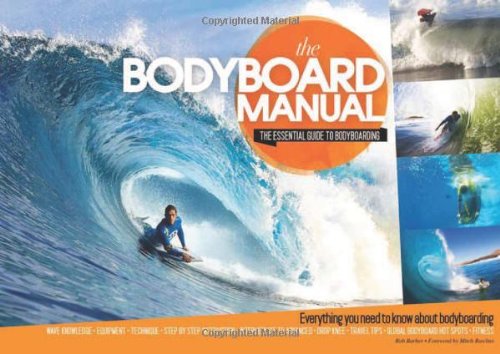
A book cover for The Bodyboard Manual: The Essential Guide to Bodyboarding; Rob Barber; Sports & Outdoors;